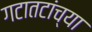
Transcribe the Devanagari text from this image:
गटातटांच्या